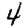
Digit: 4